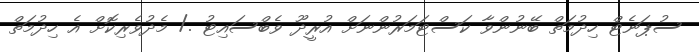
ސުޕަނެޓް ހިދުމަތް ބޭނުންވާ ކަސްޓަމަރުންނަށް އުރީދޫ ވެބްސައިޓު ./ މެދުވެރިކޮށް އެ ހިދުމަތް